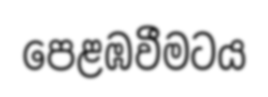
පෙළඹවීමටය